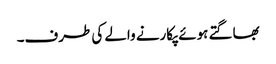
بھاگتے ہوئے پکارنے والے کی طرف۔